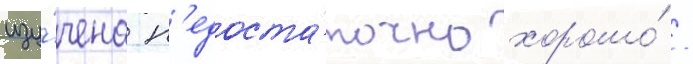
изу́чена н'едоста́точно хорошо́ /